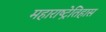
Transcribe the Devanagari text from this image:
महाराष्ट्रेतिहास